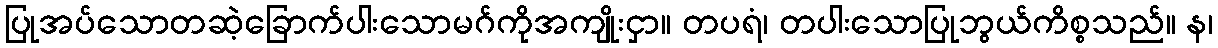
ပြုအပ်သောတဆဲ့ခြောက်ပါးသောမဂ်ကိုအကျိုးငှာ။ တပရံ၊ တပါးသောပြုဘွယ်ကိစ္စသည်။ န၊